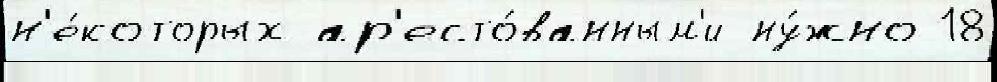
н'е́которых ар'есто́ванным'и ну́жно 18